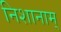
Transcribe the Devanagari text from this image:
निशानाम्